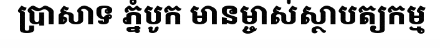
ប្រាសាទ ភ្នំបូក មានម្ចាស់ស្ថាបត្យកម្ម